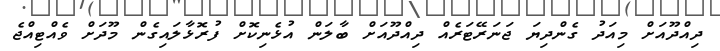
ދިއްދޫއަށް މިއަދު ގެންދިޔަ ޖަނަރޭޓަރެއް ދިއްދޫއަށް ބާލަން އުޅެނިކޮށް ފުރޮޅާލައިގެން މޫދަށް ވެއްޓިއްޖެ